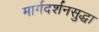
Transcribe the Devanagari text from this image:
मार्गदर्शनसुद्धा